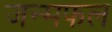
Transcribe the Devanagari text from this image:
जन्मफल